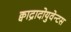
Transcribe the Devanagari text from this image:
क्वाद्रादोयुवेन्टस